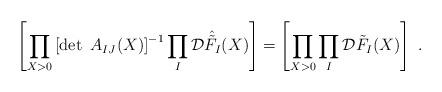
LaTeX: \begin{align*}\left[ \prod_{X>0} \left[ \det ~ A_{IJ} (X) \right]^{-1} \prod_I {\cal D} \hat{\tilde{F}}_I (X) \right] = \left[ \prod_{X>0} \prod_I {\cal D} \tilde{F}_I (X) \right] ~ .\end{align*}